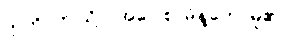
ဣတိ၊ ဤသို့။ (အဝေါစ၊ မိန့်တော်မူ၏။)